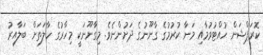
ކޮރަޕްޝަން ހުއްޓުވުމާއި މަނާ ކުރުމުގެ ގާނޫނުގެ ދަށުންނެވެ. މިގާނޫނަކީ މިހާރުގެ ހާލަތަށް ބަލާއިރު